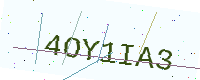
Text: 4OY1IA3